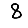
Digit: 8